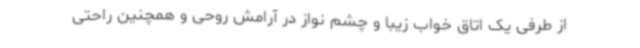
از طرفی یک اتاق خواب زیبا و چشم نواز در آرامش روحی و همچنین راحتی